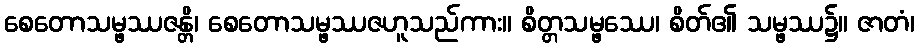
စေတောသမ္ဖဿဇန္တိ၊ စေတောသမ္ဖဿဇဟူသည်ကား။ စိတ္တသမ္ဖဿေ၊ စိတ်၏ သမ္ဖဿ၌။ ဇာတံ၊